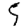
Digit: 5